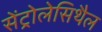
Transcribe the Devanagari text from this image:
सेंट्रोलेसिथैल